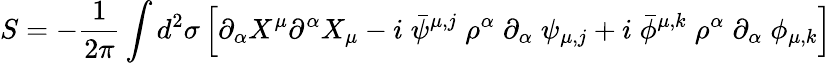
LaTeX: S=-\frac{1}{2\pi}\int d^{2}\sigma\left[\partial_{\alpha}X^{\mu}\partial^{\alpha}X_{\mu}-i\; \bar{\psi}^{\mu,j}\; \rho^{\alpha}\; \partial_{\alpha}\; \psi_{\mu,j}+i\; \bar{\phi}^{\mu,k}\; \rho^{\alpha}\; \partial_{\alpha}\; \phi_{\mu,k}\right]